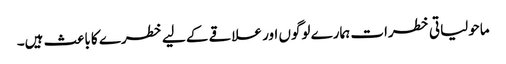
ماحولیاتی خطرات ہمارے لوگوں اور علاقے کے لیے خطرے کا باعث ہیں۔